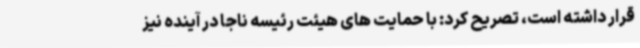
قرار داشته است، تصریح کرد: با حمایت های هیئت رئیسه ناجا در آینده نیز